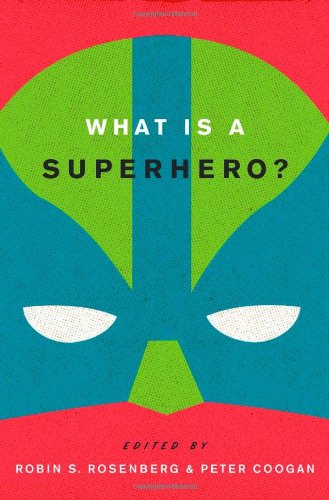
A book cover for What is a Superhero?; Comics & Graphic Novels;